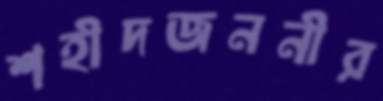
শহীদজননীর